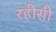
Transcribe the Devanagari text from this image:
रहीसी